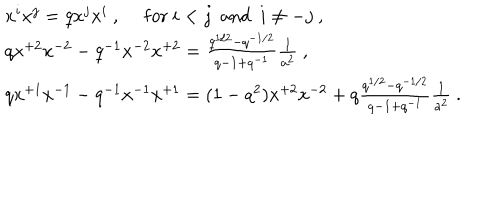
\begin{array} { l } { { x ^ { i } x ^ { j } = q x ^ { j } x ^ { i } ~ , ~ ~ \mathrm { f o r } ~ i < j ~ ~ \mathrm { a n d } ~ ~ i \not = - j ~ , } } \\ { { q x ^ { + 2 } x ^ { - 2 } - q ^ { - 1 } x ^ { - 2 } x ^ { + 2 } = \frac { q ^ { 1 / 2 } - q ^ { - 1 / 2 } } { q - 1 + q ^ { - 1 } } \frac { 1 } { a ^ { 2 } } ~ , } } \\ { { q x ^ { + 1 } x ^ { - 1 } - q ^ { - 1 } x ^ { - 1 } x ^ { + 1 } = ( 1 - q ^ { 2 } ) x ^ { + 2 } x ^ { - 2 } + q \frac { q ^ { 1 / 2 } - q ^ { - 1 / 2 } } { q - 1 + q ^ { - 1 } } \frac { 1 } { a ^ { 2 } } ~ . } } \\ \end{array}